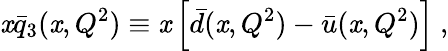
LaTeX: \mathit{x}\bar{{q}}_{3}(\mathit{x},Q^{2})\equiv\mathit{x}\left[\bar{{d}}(\mathit{x},Q^{2})-\bar{{u}}(\mathit{x},Q^{2})\right]\ ,